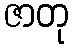
ဇာတု